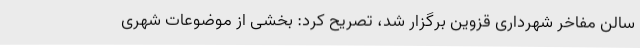
سالن مفاخر شهرداری قزوین برگزار شد، تصریح کرد: بخشی از موضوعات شهری